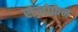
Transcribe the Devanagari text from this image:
सेलोफ़ेन